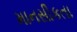
માનસીકતા